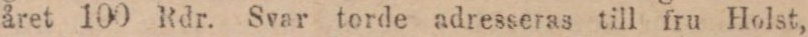
året 100 Rdr. Svar torde adresseras till fru Holst,